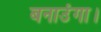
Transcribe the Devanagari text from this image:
बनाउंगा।